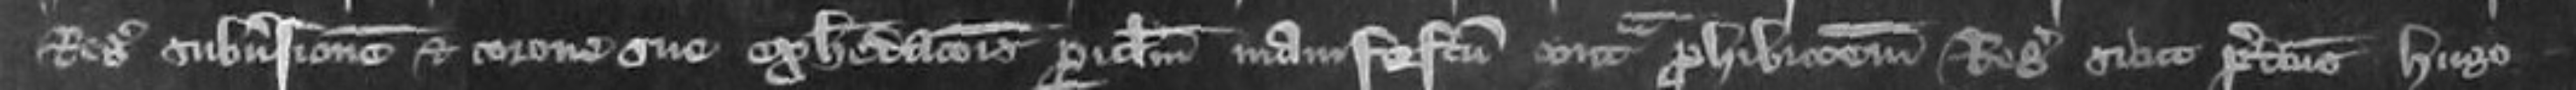
Regis subversionem et corone sue exheredacionis periculum manifestam contra prohibitionem Regis sicut predictus Hugo